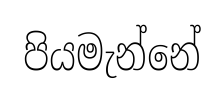
පියමැන්නේ